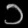
Digit: ၁